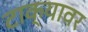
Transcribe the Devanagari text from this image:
टाक्यावर